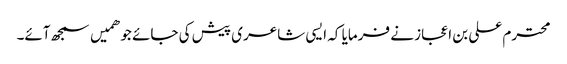
محترم علی بن اعجاز نے فرمایا کہ ایسی شاعری پیش کی جائے جو ھمیں سمجھ آئے۔